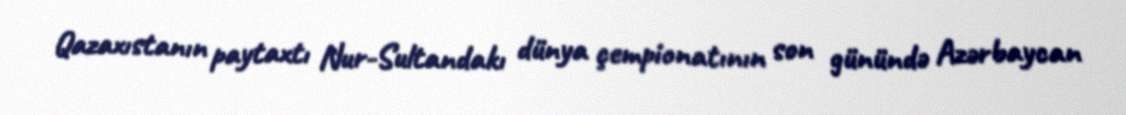
Qazaxıstanın paytaxtı Nur-Sultandakı dünya çempionatının son günündə Azərbaycan